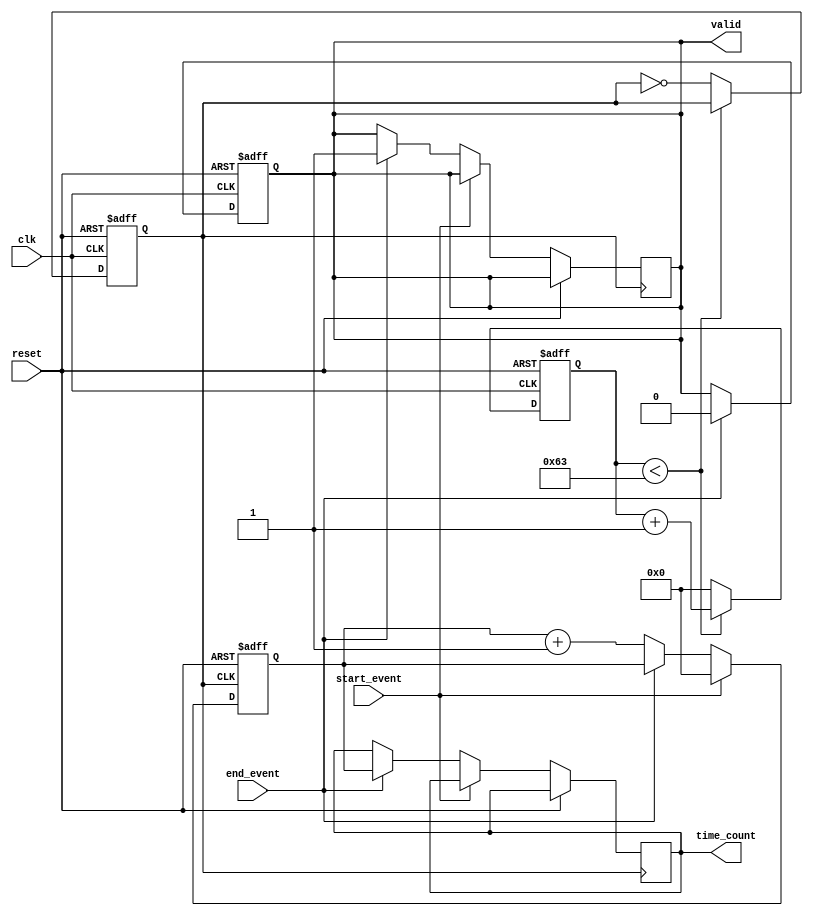
module TDC (
    input wire clk,               // System clock
    input wire reset,             // Reset signal
    input wire start_event,       // Start event signal
    input wire end_event,         // End event signal
    output reg [15:0] time_count, // Output time interval in clock cycles
    output reg valid              // Output valid signal
);

    // PLL parameters
    parameter VCO_FREQ = 100;     // VCO frequency multiplier
    parameter COUNTER_WIDTH = 16;  // Width of the counter

    // Internal signals
    reg [COUNTER_WIDTH-1:0] counter; // Digital counter
    reg vco_clk;                     // VCO clock output
    reg [COUNTER_WIDTH-1:0] vco_counter; // VCO counter for generating clock

    // PLL Simulation: Simple VCO implementation
    always @(posedge clk or posedge reset) begin
        if (reset) begin
            vco_counter <= 0;
            vco_clk <= 0;
        end else begin
            if (vco_counter < (VCO_FREQ - 1)) begin
                vco_counter <= vco_counter + 1;
            end else begin
                vco_counter <= 0;
                vco_clk <= ~vco_clk; // Toggle VCO clock
            end
        end
    end

    // Digital Counter
    always @(posedge vco_clk or posedge reset) begin
        if (reset) begin
            counter <= 0;
        end else if (start_event) begin
            counter <= 0; // Reset counter on start event
        end else if (end_event) begin
            time_count <= counter; // Capture counter value on end event
            valid <= 1;            // Indicate valid output
        end else begin
            counter <= counter + 1; // Increment counter
        end
    end

    // Output valid signal management
    always @(posedge clk or posedge reset) begin
        if (reset) begin
            valid <= 0;
        end else if (end_event) begin
            valid <= 0; // Reset valid signal after capturing time count
        end
    end

endmodule